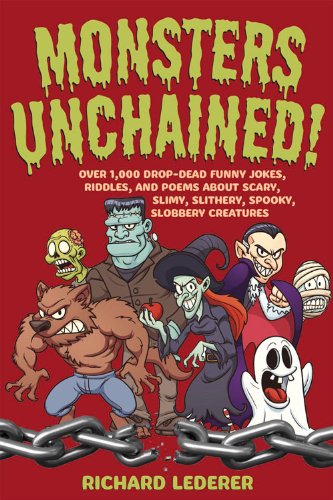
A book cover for Monsters Unchained!: Over 1,000 Drop-Dead Funny Jokes, Riddles, and Poems about Scary, Slimy, Slithery, Spooky, Slobbery Creatures; Richard Lederer; Children's Books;